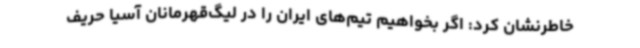
خاطرنشان کرد: اگر بخواهیم تیم‌های ایران را در لیگ‌قهرمانان آسیا حریف